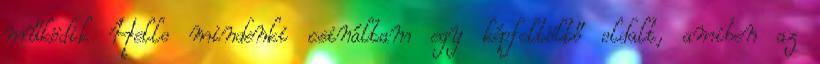
működik Hello mindenki csináltam egy képfeltöltő oldalt, amiben az